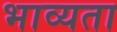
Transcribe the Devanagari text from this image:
भाव्‍यता